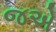
જએ